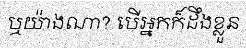
ឬយ៉ាងណា? បើអ្នកក៏ដឹងខ្លួន